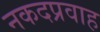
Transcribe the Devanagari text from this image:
नकदप्रवाह